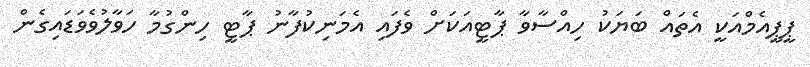
ޕީޕީއެމްއަކީ އެތައް ބަޔަކު ހިއްސާވާ ޕާޓީއަކަށް ވެފައި އެމަނިކުފާނު ޕާޓީ ހިންގުމާ ހަވާލުވެވަޑައިގެން